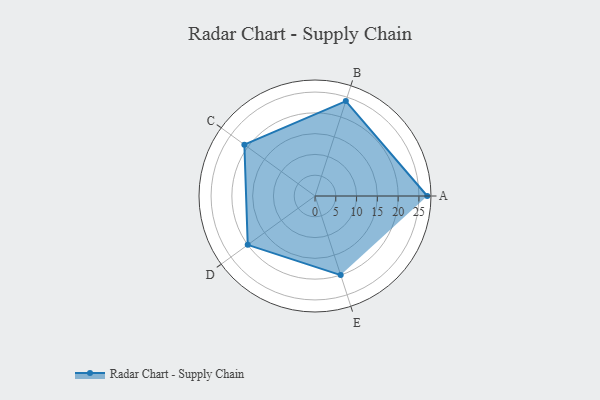
{"axis": {"x": "Skill", "y": "Score"}, "legend": ["Profile"], "data": [{"x": "A", "y": 27.0, "type": "Profile"}, {"x": "B", "y": 24.0, "type": "Profile"}, {"x": "C", "y": 21.0, "type": "Profile"}, {"x": "D", "y": 20, "type": "Profile"}, {"x": "E", "y": 20, "type": "Profile"}]}